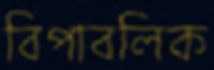
বিপাবলিক